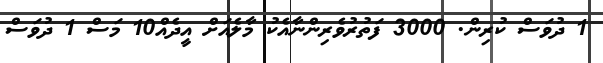
1 ދުވަސް ކުރިން. 3000 ފަތުރުވެރިންނާއެކު މާލެއަށް އީދެއް10 މަސް 1 ދުވަސް